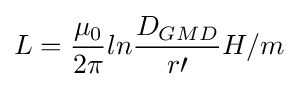
L={\frac {\mu _{0}}{2\pi }}ln{\frac {D_{GMD}}{r\prime }}H/m